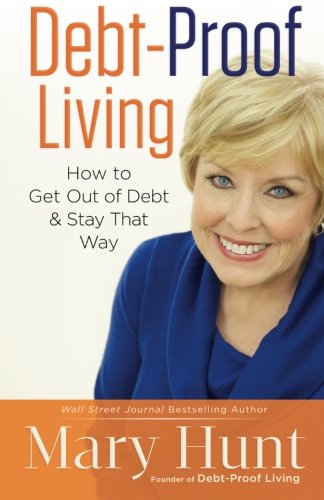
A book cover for Debt-Proof Living: How to Get Out of Debt & Stay That Way; Mary Hunt; Business & Money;